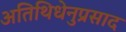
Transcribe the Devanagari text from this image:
अतिथिधेनुप्रसाद